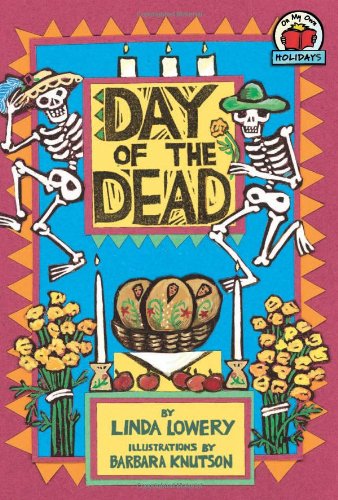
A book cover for Day of the Dead (On My Own Holidays); Linda Lowery; Children's Books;